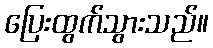
ပြေးထွက်သွားသည်။